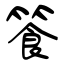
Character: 篒